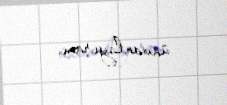
ünvanlayıram.